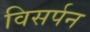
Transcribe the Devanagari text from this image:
विसर्पन